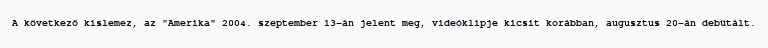
A következő kislemez, az "Amerika" 2004. szeptember 13-án jelent meg, videóklipje kicsit korábban, augusztus 20-án debütált.